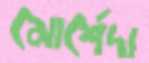
মোর্শেদা